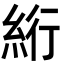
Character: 絎